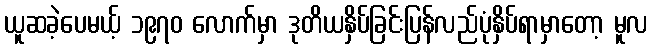
ယူဆခဲ့ပေမယ့် ၁၉၇၀ လောက်မှာ ဒုတိယနှိပ်ခြင်းပြန်လည်ပုံနှိပ်ရာမှာတော့ မူလ